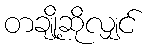
တချို့ဆိုလျှင်